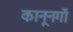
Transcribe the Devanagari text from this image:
कानूनगों